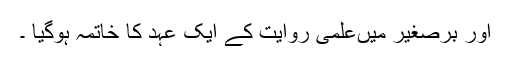
اور برصغیر میںعلمی روایت کے ایک عہد کا خاتمہ ہوگیا ۔